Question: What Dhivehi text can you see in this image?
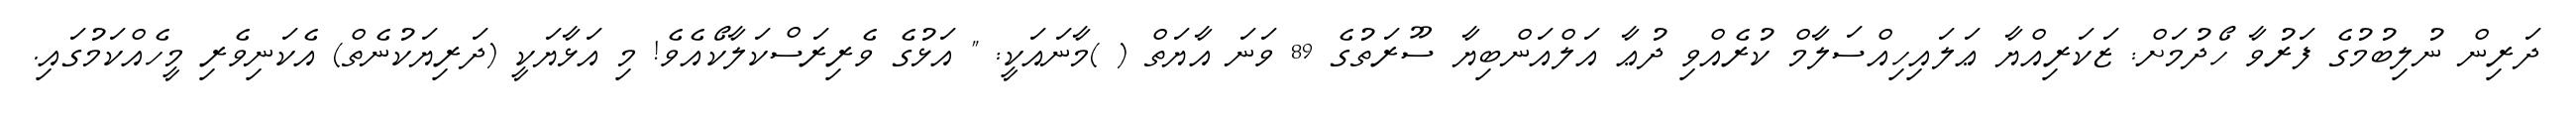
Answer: ދަރިން ނުލިބުމުގެ ފަރުވާ ހޯދުމަށް: ޒަކަރިއްޔާ ޢަލައިހިއްސަލާމް ކުރެއްވި ދުޢާ އަލްއަންބިޔާ ސޫރަތުގެ 89 ވަނަ އާޔަތް ( )މާނައަކީ: " އަޅުގެ ވެރިރަސްކަލާކޯއެވެ! މި އަޅާޔަކީ (ދަރިޔަކުނެތް) އެކަނިވެރި މީހެއްކަމުގައި.